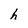
Character: h